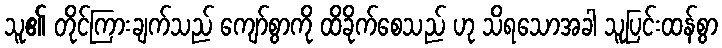
သူ၏ တိုင်ကြားချက်သည် ကျော်စွာကို ထိခိုက်စေသည် ဟု သိရသောအခါ သူပြင်းထန်စွာ